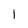
Character: l